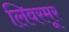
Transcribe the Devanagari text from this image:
लिवरमूर